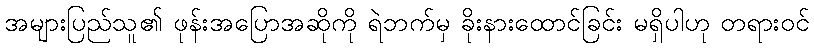
အများပြည်သူ၏ ဖုန်းအပြောအဆိုကို ရဲဘက်မှ ခိုးနားထောင်ခြင်း မရှိပါဟု တရားဝင်